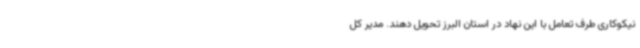
نیکوکاری طرف تعامل با این نهاد در استان البرز تحویل دهند. مدیر کل